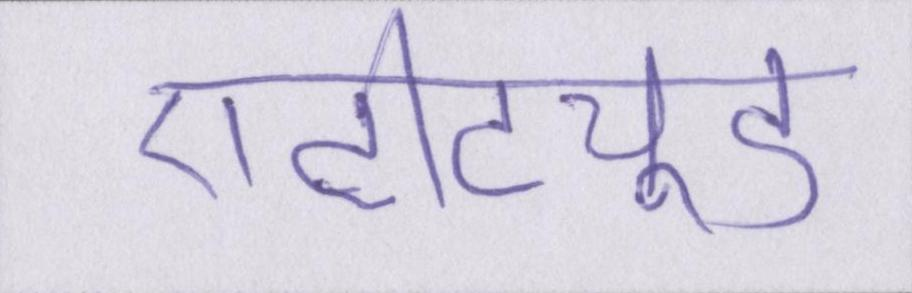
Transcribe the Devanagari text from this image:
एटीट्यूड